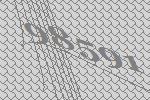
98591